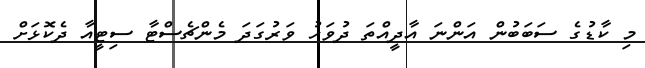
މި ކާޑުގެ ސަބަބުން އަންނަ އާދީއްތަ ދުވަހު ވަރުގަދަ މެންޗެސްޓާ ސިޓީއާ ދެކޮޅަށް